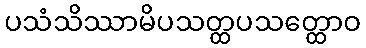
ပသံသိဿာမိပသတ္ထပသတ္ထောဝ